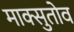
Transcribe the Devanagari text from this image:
माक्सुतोव